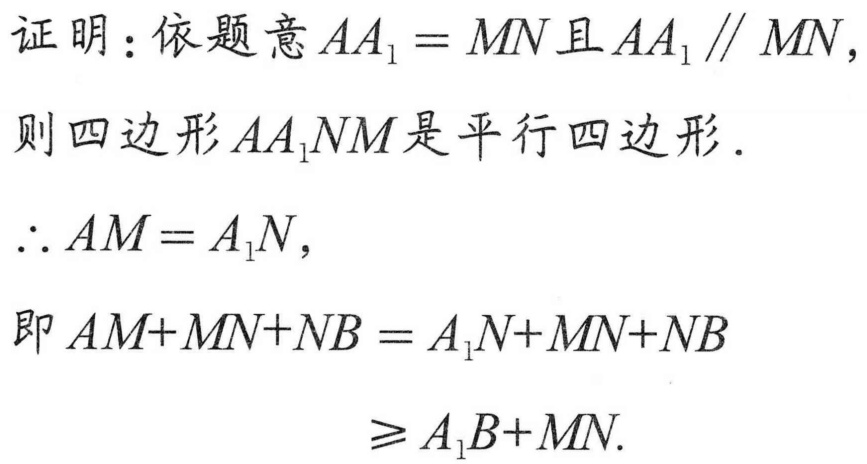
证明：依题意\(AA_{1}=MN\)且\(AA_{1}\parallel MN\)，
则四边形\(AA_{1}NM\)是平行四边形．
\(\therefore AM = A_{1}N\)，
即\(AM + MN+NB=A_{1}N + MN+NB\)
\(\geqslant A_{1}B+MN\).